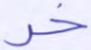
خر